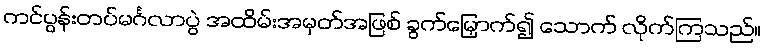
ကင်ပွန်းတပ်မင်္ဂလာပွဲ အထိမ်းအမှတ်အဖြစ် ခွက်မြှောက်၍ သောက် လိုက်ကြသည်။